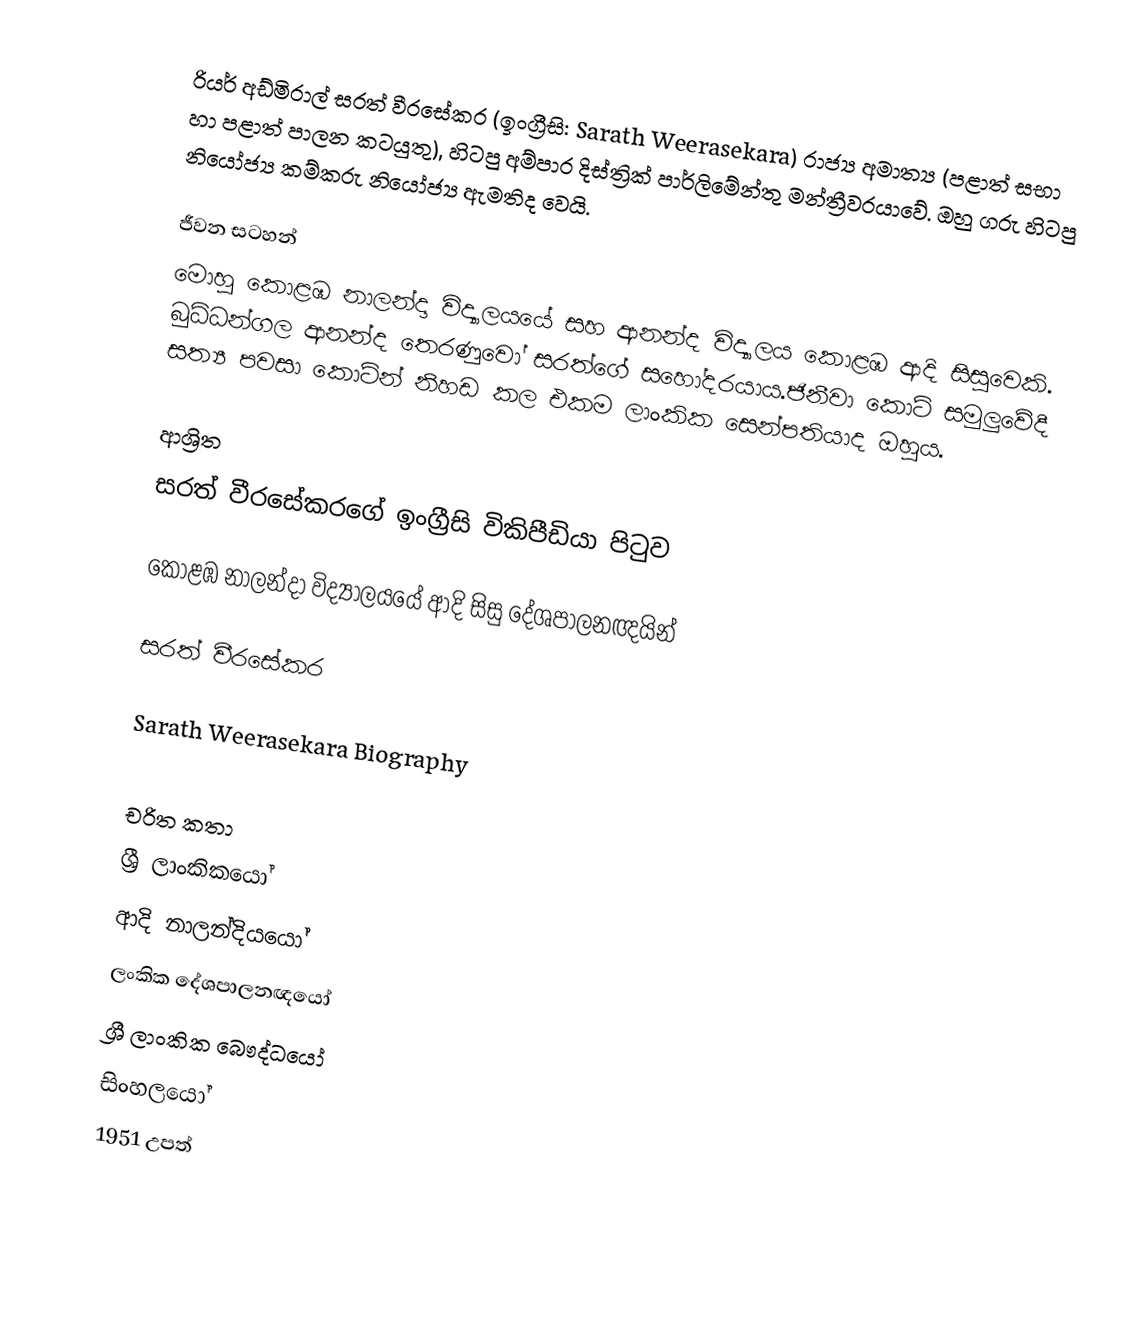
රියර් අඩ්මිරාල් සරත් වීරසේකර (ඉංග්‍රීසි: Sarath Weerasekara) රාජ්‍ය අමාත්‍ය (පළාත් සභා හා පළාත් පාලන කටයුතු), හිටපු අම්පාර දිස්ත්‍රික් පාර්ලිමේන්තු මන්ත්‍රීවරයාවේ. ඔහු ගරු හිටපු නියෝජ්‍ය කම්කරු නියෝජ්‍ය ඇමතිද වෙයි.

ජීවන සටහන්
මොහු  කොළඹ නාලන්දා විද්‍යාලයයේ සහ ආනන්ද විද්‍යාලය කොළඹ ආදි සිසුවෙකි. බුධ්ධන්ගල ආනන්ද තෙරණුවෝ සරත්ගේ සහෝදරයාය.ජිනීවා කොටි සමුලුවේදී  සත්‍ය පවසා කොටින් නිහඩ කල එකම ලාංකික සෙන්පතියාද ඔහුය.

ආශ්‍රිත
 සරත් වීරසේකරගේ ඉංග්‍රීසි විකිපීඩියා පිටුව

 කොළඹ නාලන්දා විද්‍යාලයයේ ආදි සිසු දේශපාලනඥයින්

 සරත් වීරසේකර

 Sarath Weerasekara Biography

චරිත කතා
ශ්‍රී ලාංකිකයෝ
ආදි නාලන්දියයෝ
ලංකික දේශපාලනඥයෝ
ශ්‍රී ලාංකික බෞද්ධයෝ
සිංහලයෝ
1951 උපත්